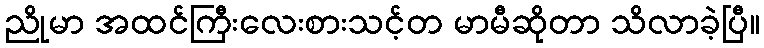
ညိုမာ အထင်ကြီးလေးစားသင့်တ မာမီဆိုတာ သိလာခဲ့ပြီ။